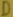
Text: D